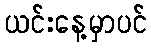
ယင်းနေ့မှာပင်